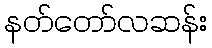
နတ်တော်လဆန်း